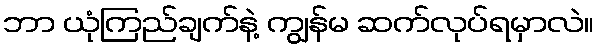
ဘာ ယုံကြည်ချက်နဲ့ ကျွန်မ ဆက်လုပ်ရမှာလဲ။